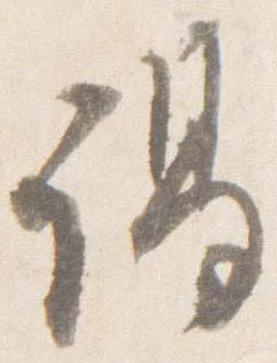
謁